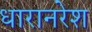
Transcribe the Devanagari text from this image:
धारानरेश